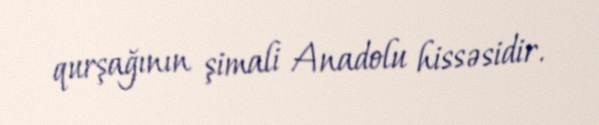
qurşağının şimali Anadolu hissəsidir.